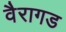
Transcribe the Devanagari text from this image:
वैरागड